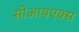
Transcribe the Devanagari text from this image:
सीआयएक्स